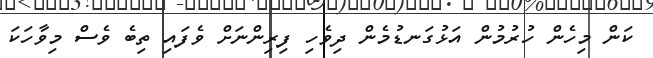
ކަން މިހެން ހުރުމުން އަޅުގަނޑުމެން ދިވެހި ފިރިންނަށް ވެފައި ތިބެ ވެސް މިވާހަކަ